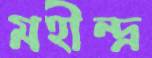
মহীন্দ্র